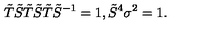
\tilde { T } \tilde { S } \tilde { T } \tilde { S } \tilde { T } \tilde { S } ^ { - 1 } = 1 , \tilde { S } ^ { 4 } \sigma ^ { 2 } = 1 .